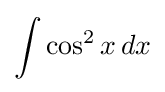
\int \cos ^{2}x\,dx